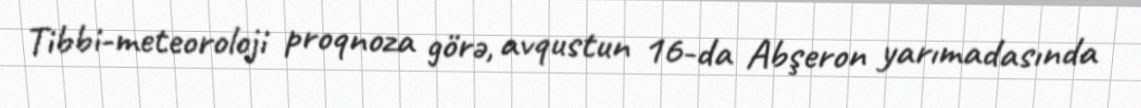
Tibbi-meteoroloji proqnoza görə, avqustun 16-da Abşeron yarımadasında